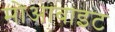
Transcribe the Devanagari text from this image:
मोआबाइट